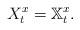
LaTeX: \begin{align*}X^x_t=\mathbb{X}^x_t.\end{align*}